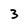
Character: 3